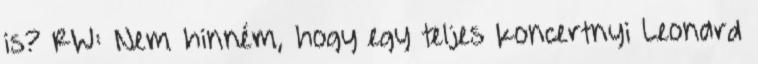
is? RW: Nem hinném, hogy egy teljes koncertnyi Leonard